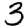
Digit: 3